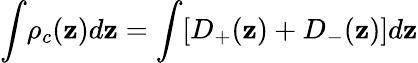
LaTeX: \int\! \rho_{c}(\mathbf{z})d\mathbf{z}=\int[D_{+}(\mathbf{z})+D_{-}(\mathbf{z})]d\mathbf{z}